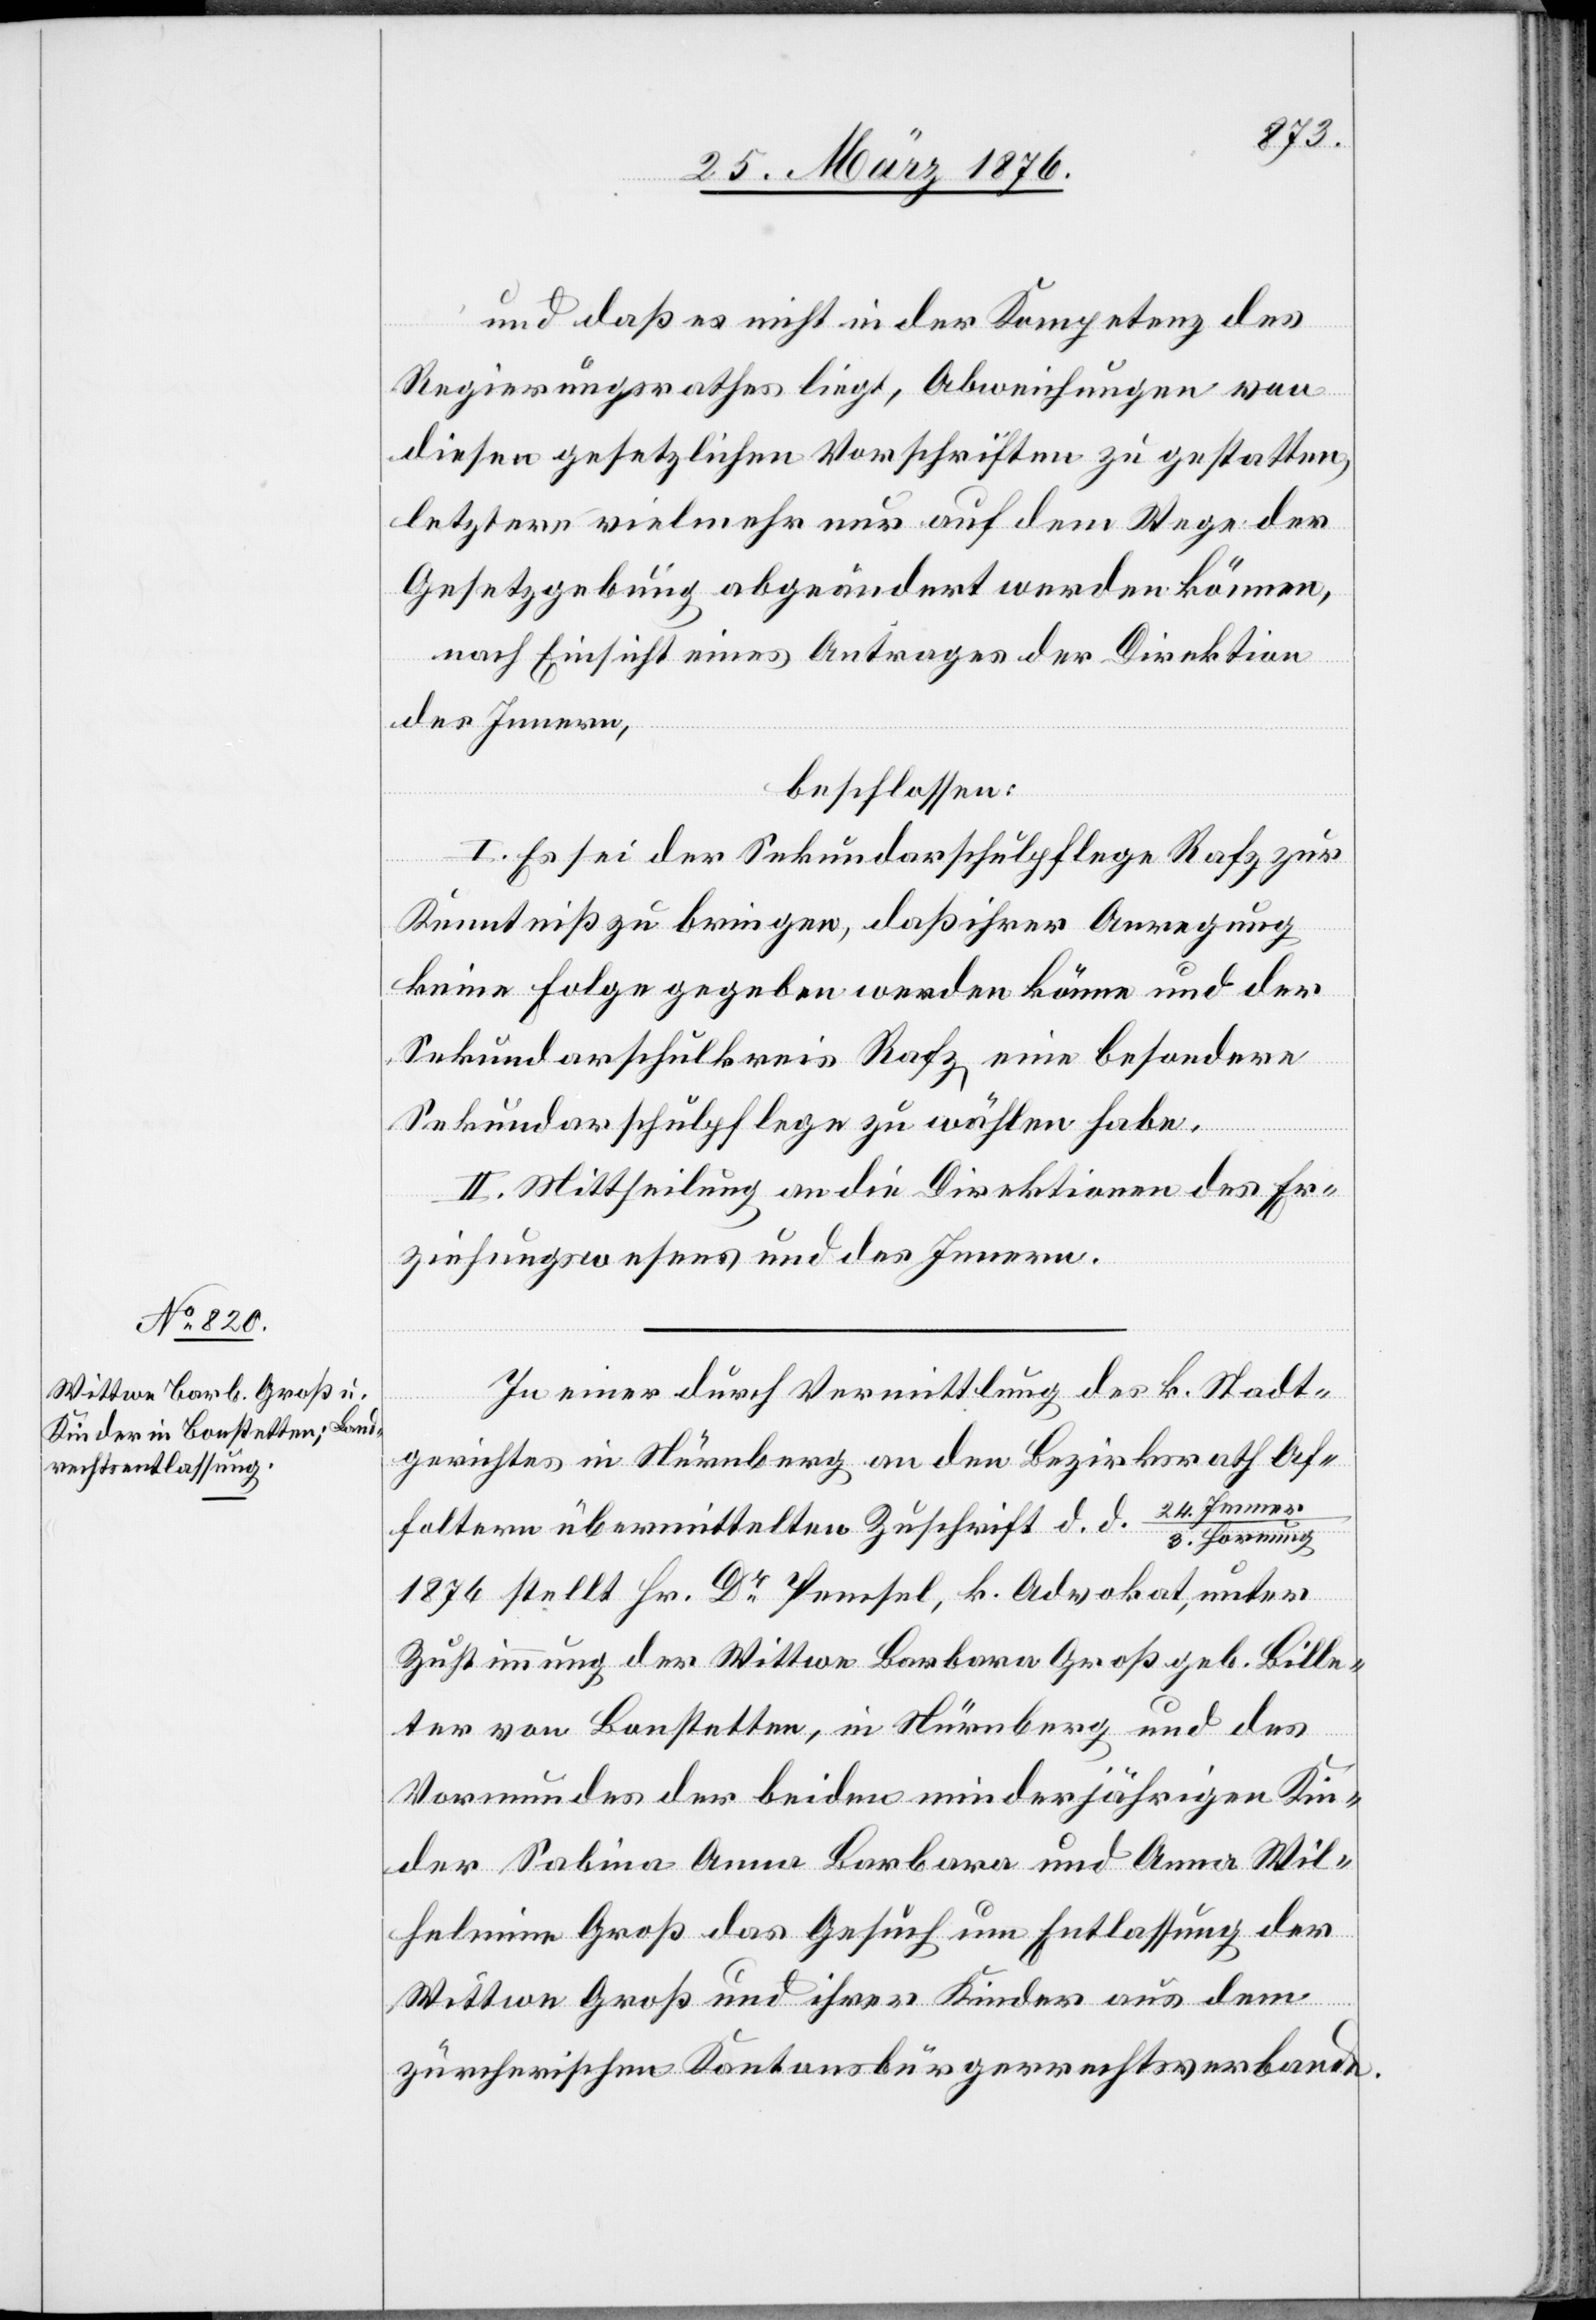
und daß es nicht in der Kompetenz des
Regierungsrathes liegt, Abweichungen von
diesen gesetzlichen Vorschriften zu gestatten,
letztere vielmehr nur auf dem Wege der
Gesetzgebung abgeändert werden können,
nach Einsicht eines Antrages der Direktion
des Innern,
beschlossen:
I. Es sei der Sekundarschulpflege Rafz zur
Kenntniß zu bringen, daß ihrer Anregung
keine Folge gegeben werden könne und der
Sekundarschulkreis Rafz, eine besondere
Sekundarschulpflege zu wählen habe.
II. Mittheilung an die Direktionen des Er¬
ziehungswesens und des Innern.
In einer durch Vermittlung des k. Stadt¬
gerichtes in Nürnberg an den Bezirksrath Af¬
24. Jenne¬
foltern übermittelten Zuschrift d. d.
r/3. Hornung
1874 stellt Hr. Dr Pemsel, k. Advokat, unter
Zustimmung der Wittwe Barbara Groß geb. Bille¬
ter von Bonstetten, in Nürnberg und des
Vormundes der beiden minderjährigen Kin¬
der Sabina Anna Barbara und Anna Wil¬
helmine Groß das Gesuch um Entlassung der
Wittwe Groß und ihrer Kinder aus dem
zürcherischen Kantonsbürgerrechtsverbande.